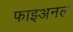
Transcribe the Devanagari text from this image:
फाइअनल